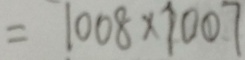
= 1 0 0 8 \times 1 0 0 7